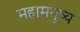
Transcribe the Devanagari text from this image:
महामनुष्य